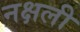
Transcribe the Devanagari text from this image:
नक्षली